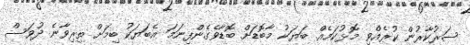
ސަރުކާރުން ކުރެއްވި މޮޅުކަމެއް. ބަޔަކު މާބޮޑަށް ބޮޑާވެގެންފިނަމަ އެބަޔަކު ބިމަށް ތިރިވާނެ ދުވަސް